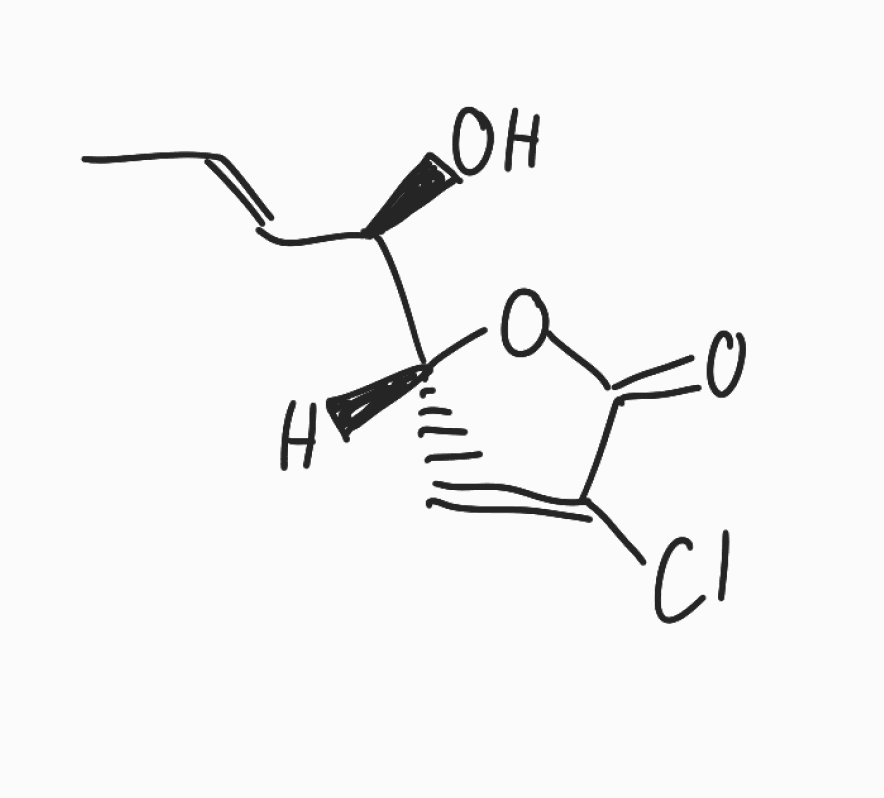
Simplified molecular-input line-entry system (SMILES) notation of the given molecule:
C/C=C/[C@H]([C@H]1C=C(C(=O)O1)Cl)O